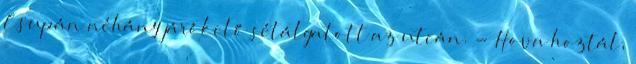
Csupán néhány járókelő sétálgatott az utcán. - Hova hoztál,